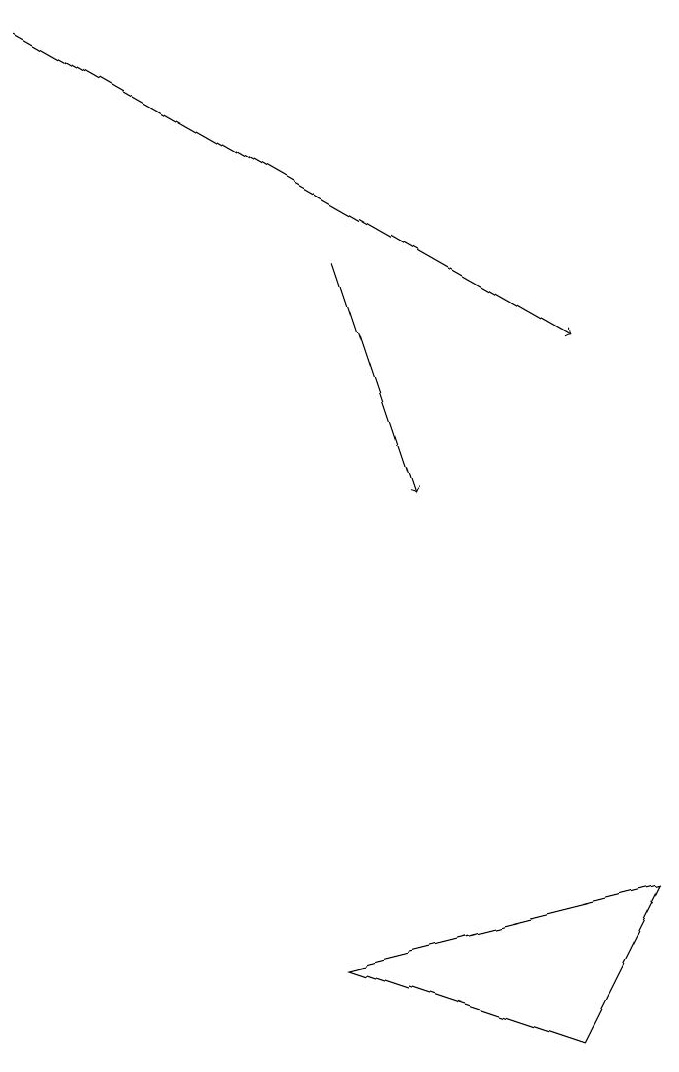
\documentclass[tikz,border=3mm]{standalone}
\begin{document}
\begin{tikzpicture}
\draw[->] (5,13) -- (6,10);
\draw (8,3) -- (9,5) -- (5,4) -- cycle;
\draw[->] (1,16) -- (8,12);
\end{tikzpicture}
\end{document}